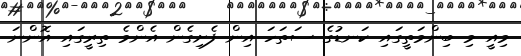
މިއީ މި ބިންމަތީގައި ކަނޑުގެ ސަތަހަ އިން ފެށިގެން އެންމެ ތިރީގައި އޮންނަ